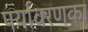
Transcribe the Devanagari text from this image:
पर्यावरणका